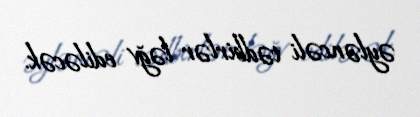
əyləncəli tədbirlər ləğv ediləcək.